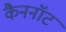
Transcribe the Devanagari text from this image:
कैननॉट